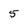
Character: 5